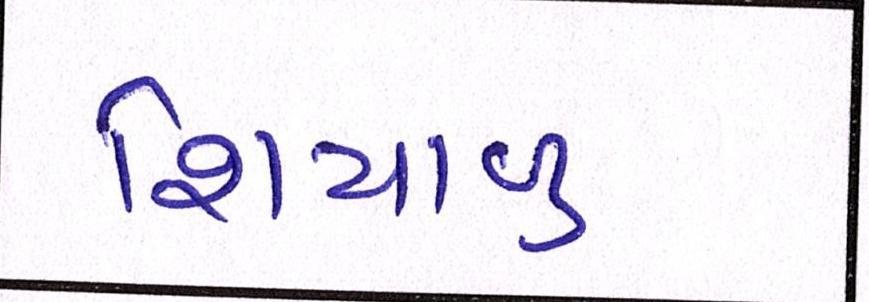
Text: શિયાળુ